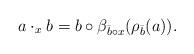
LaTeX: \begin{align*}a\cdot_x b = b\circ \beta_{\bar{b}\circ x} (\rho_{\bar{b}}(a)).\end{align*}